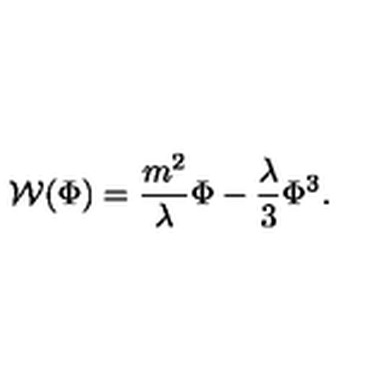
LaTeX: { \cal W } ( \Phi ) = \frac { m ^ { 2 } } { \lambda } \Phi - \frac { \lambda } { 3 } \Phi ^ { 3 } .